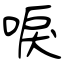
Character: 唳